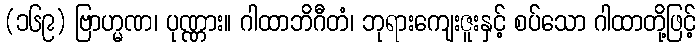
(၁၆၉) ဗြာဟ္မဏ၊ ပုဏ္ဏား။ ဂါထာဘိဂီတံ၊ ဘုရားကျေးဇူးနှင့် စပ်သော ဂါထာတို့ဖြင့်